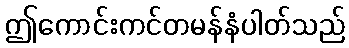
ဤကောင်းကင်တမန်နံပါတ်သည်